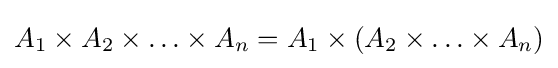
A_{1}\times A_{2}\times \ldots \times A_{n}=A_{1}\times (A_{2}\times \ldots \times A_{n})